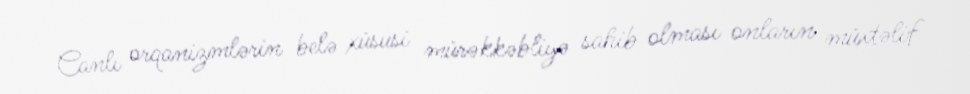
Canlı orqanizmlərin belə xüsusi mürəkkəbliyə sahib olması onların müxtəlif